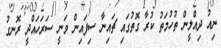
ނިއު ދިއްލީން ތުހުމަތު ކުރާ ގޮތުގައި ޗައިނާ ސިފައިން ވަނީ ސަރަހައްދީ ރޮނގު